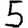
Digit: 5